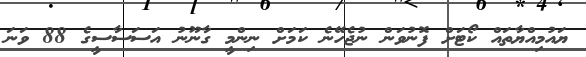
ޔައުމިއްޔާތައް ކޯޓަށް ފޮނުވަން ނުޖެހޭނެ ކަމަށް ނިންމީ ގާނޫނު އަސަސާސީގެ 88 ވަނަ